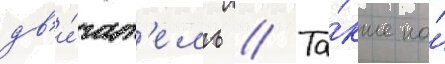
дв'и́гат'ель // Та́кже на́